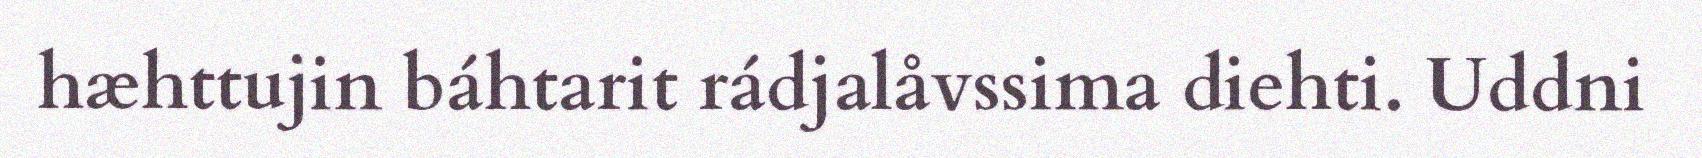
hæhttujin báhtarit rádjalåvssima diehti. Uddni